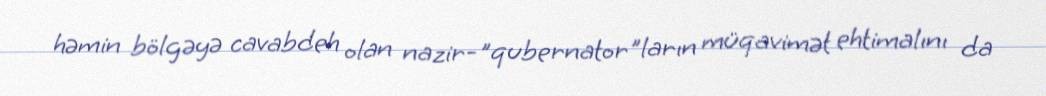
həmin bölgəyə cavabdeh olan nazir-"qubernator"ların müqavimət ehtimalını da